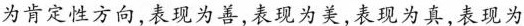
为肯定性方向,表现为善,表现为美,表现为真,表现为